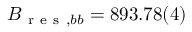
B _ { \mathrm { ~ r ~ e ~ s ~ } , b b } = 8 9 3 . 7 8 ( 4 )